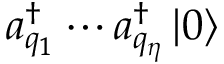
a _ { q _ { 1 } } ^ { \dagger } \cdots a _ { q _ { \eta } } ^ { \dagger } \mathinner { | { 0 } \rangle }